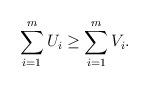
LaTeX: \begin{align*} \sum_{i=1}^m U_i \geq \sum_{i=1}^m V_i.\end{align*}